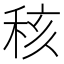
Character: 𥞨